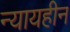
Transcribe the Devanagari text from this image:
न्यायहीन